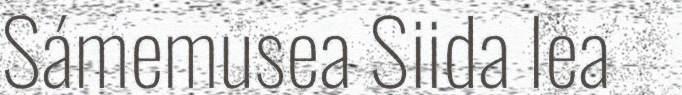
Sámemusea Siida lea